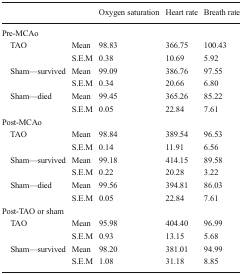
<table><thead><tr><td></td><td></td><td><b>Oxygen saturation</b></td><td><b>Heart rate</b></td><td><b>Breath rate</b></td></tr></thead><tbody><tr><td colspan="5">Pre-MCAo</td></tr><tr><td rowspan="2"> TAO</td><td>Mean</td><td>98.83</td><td>366.75</td><td>100.43</td></tr><tr><td>S.E.M</td><td>0.38</td><td>10.69</td><td>5.92</td></tr><tr><td rowspan="2"> Sham—survived</td><td>Mean</td><td>99.09</td><td>386.76</td><td>97.55</td></tr><tr><td>S.E.M</td><td>0.34</td><td>20.66</td><td>6.80</td></tr><tr><td rowspan="2"> Sham—died</td><td>Mean</td><td>99.45</td><td>365.26</td><td>85.22</td></tr><tr><td>S.E.M</td><td>0.05</td><td>22.84</td><td>7.61</td></tr><tr><td colspan="5">Post-MCAo</td></tr><tr><td rowspan="2"> TAO</td><td>Mean</td><td>98.84</td><td>389.54</td><td>96.53</td></tr><tr><td>S.E.M</td><td>0.14</td><td>11.91</td><td>6.56</td></tr><tr><td rowspan="2"> Sham—survived</td><td>Mean</td><td>99.18</td><td>414.15</td><td>89.58</td></tr><tr><td>S.E.M</td><td>0.22</td><td>20.28</td><td>3.22</td></tr><tr><td rowspan="2"> Sham—died</td><td>Mean</td><td>99.56</td><td>394.81</td><td>86.03</td></tr><tr><td>S.E.M</td><td>0.05</td><td>22.84</td><td>7.61</td></tr><tr><td colspan="5">Post-TAO or sham</td></tr><tr><td rowspan="2"> TAO</td><td>Mean</td><td>95.98</td><td>404.40</td><td>96.99</td></tr><tr><td>S.E.M</td><td>0.93</td><td>13.15</td><td>5.68</td></tr><tr><td rowspan="2"> Sham—survived</td><td>Mean</td><td>98.20</td><td>381.01</td><td>94.99</td></tr><tr><td>S.E.M</td><td>1.08</td><td>31.18</td><td>8.85</td></tr></tbody></table>